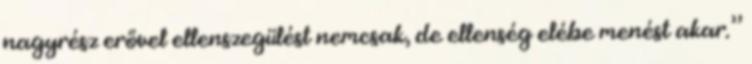
nagyrész erővel ellenszegülést nemcsak, de ellenség elébe menést akar.”